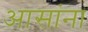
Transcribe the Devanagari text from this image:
आसांना